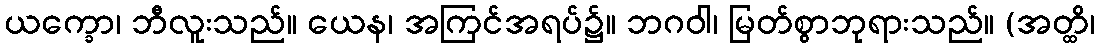
ယက္ခော၊ ဘီလူးသည်။ ယေန၊ အကြင်အရပ်၌။ ဘဂဝါ၊ မြတ်စွာဘုရားသည်။ (အတ္ထိ၊